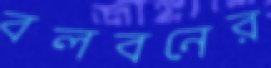
বলবনের